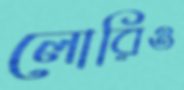
লোরিও